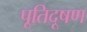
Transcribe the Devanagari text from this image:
पूतिदूषण